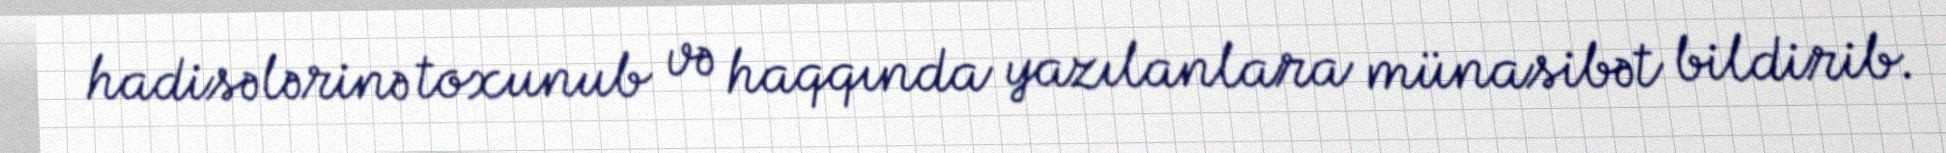
hadisələrinə toxunub və haqqında yazılanlara münasibət bildirib.